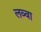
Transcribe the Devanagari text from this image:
लव्वा